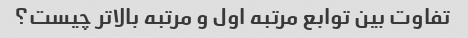
تفاوت بین توابع مرتبه اول و مرتبه بالاتر چیست؟